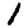
Digit: 1